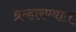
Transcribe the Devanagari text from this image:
ब्रम्हारण्यात